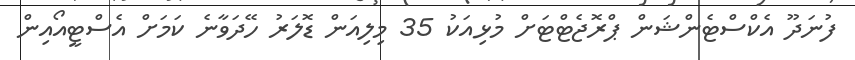
ފުނަދޫ އެކްސްޓެންޝަން ޕްރޮޖެޓްޓަށް މުޅިއަކު 35 މިލިއަން ޑޮލަރު ހޭދަވާނެ ކަމަށް އެސްޓީއޯއިން